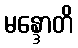
မန္ဒောတိ